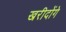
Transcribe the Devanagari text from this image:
खरीदोंगे